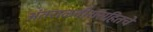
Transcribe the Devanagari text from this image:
अंतराळवीरांसहितचे